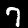
Label: 7